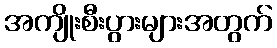
အကျိုးစီးပွားများအတွက်